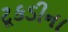
ટૂકડીના